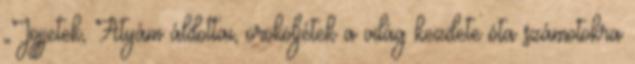
„Jöjjetek, Atyám áldottai, örököljétek a világ kezdete óta számotokra